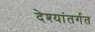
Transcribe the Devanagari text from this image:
देश्यांतर्गत